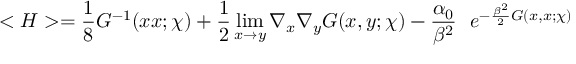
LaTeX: < { \cal { H } } > = { \frac { 1 } { 8 } } G ^ { - 1 } ( x x ; \chi ) + { \frac { 1 } { 2 } } \operatorname * { l i m } _ { x \rightarrow y } \nabla _ { x } \nabla _ { y } G ( x , y ; \chi ) - { \frac { \alpha _ { 0 } } { \beta ^ { 2 } } } ~ ~ e ^ { - { \frac { \beta ^ { 2 } } { 2 } } G ( x , x ; \chi ) }